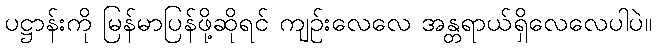
ပဋ္ဌာန်းကို မြန်မာပြန်ဖို့ဆိုရင် ကျဉ်းလေလေ အန္တရာယ်ရှိလေလေပါပဲ။